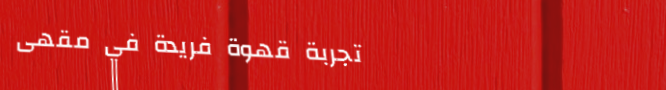
تجربة قهوة فريدة في مقهى